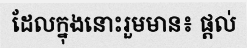
ដែលក្នុងនោះរួមមាន៖ ផ្តល់